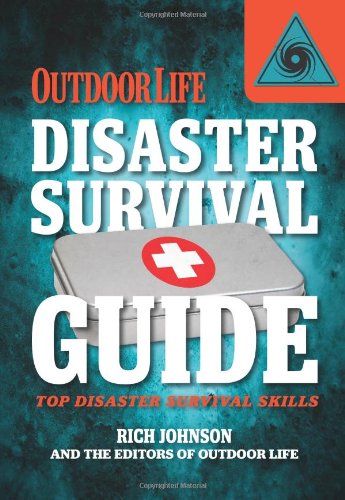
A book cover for Disaster Survival Guide (Outdoor Life): Top Disaster Survival Skills; Rich Johnson; Science & Math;